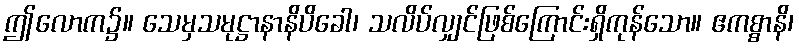
ဤလောက၌။ သေမှသမုဋ္ဌာနာနိပိခေါ၊ သလိပ်လျှင်ဖြစ်ကြောင်းရှိကုန်သော။ ဧကစ္စာနိ၊